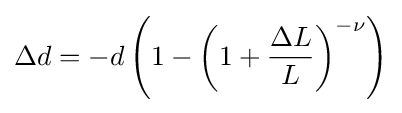
\Delta d=-d\left(1-{\left(1+{\frac {\Delta L}{L}}\right)}^{-\nu }\right)